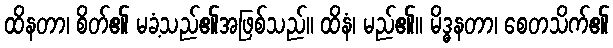
ထိနတာ၊ စိတ်၏ မခံ့သည်၏အဖြစ်သည်။ ထိနံ၊ မည်၏။ မိဒ္ဓနတာ၊ စေတသိက်၏